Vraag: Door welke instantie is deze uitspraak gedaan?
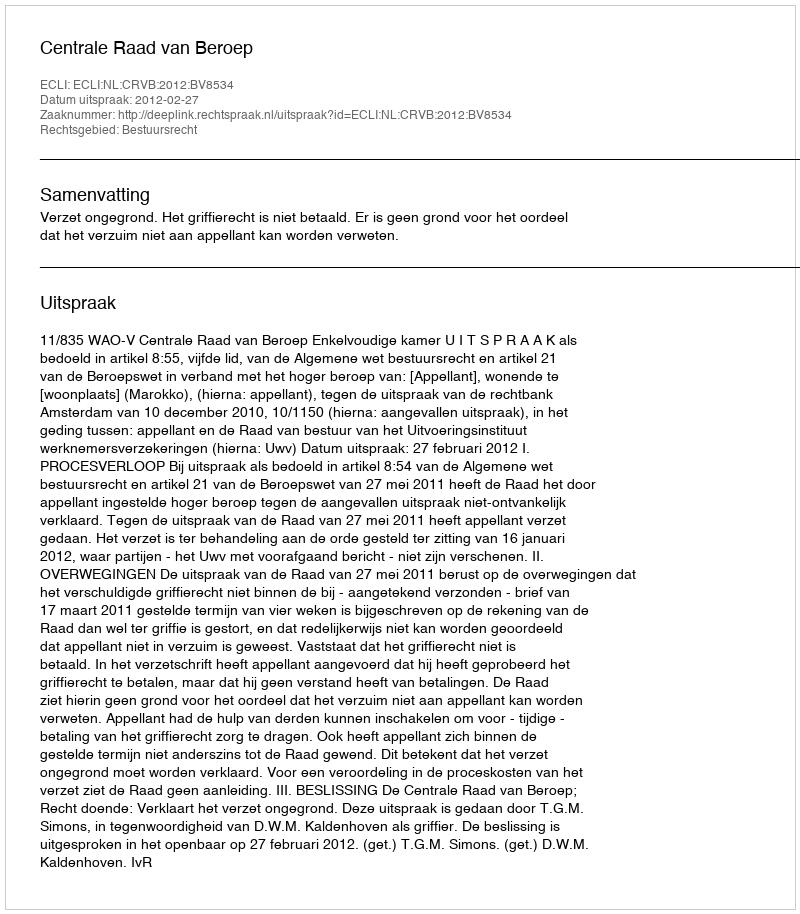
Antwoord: Centrale Raad van Beroep